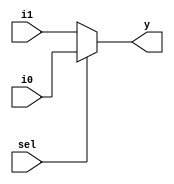
module radha_mux (input i0 , input i1 , input sel , output reg y);
always @ (*)
begin
	if(sel)
		y <= i0;
	else 
		y <= i1;
end
endmodule